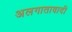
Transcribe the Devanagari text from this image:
अलगातावादी